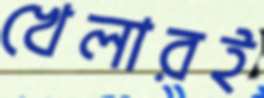
খেলারই